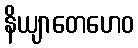
နိယျာတေဟေဝ